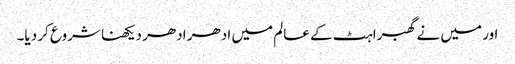
اور میں نے گھبراہٹ کے عالم میں ادھر ادھر دیکھنا شروع کر دیا۔